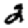
Digit: 2